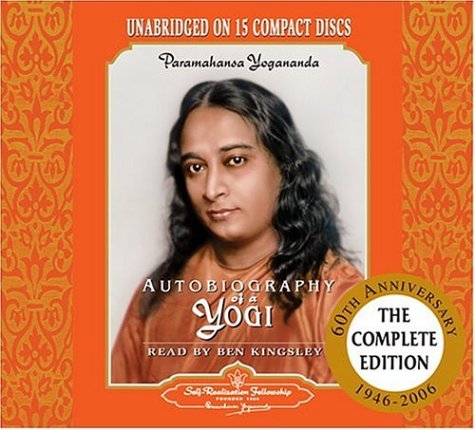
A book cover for Autobiography of a Yogi - Audio Book narrated by Sir Ben Kingsley (Self-Realization Fellowship); Paramahansa Yogananda; Religion & Spirituality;